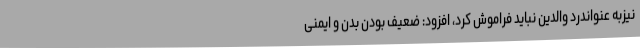
نیزبه عنواندرد والدین نباید فراموش کرد، افزود: ضعیف بودن بدن و ایمنی